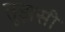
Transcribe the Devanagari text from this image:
तुझसी